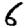
Digit: 6